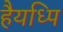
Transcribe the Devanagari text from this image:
हैयध्पि